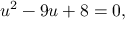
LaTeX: u ^ { 2 } - 9 u + 8 = 0 ,